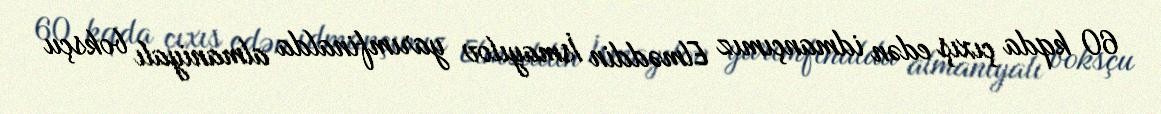
60 kqda çıxış edən idmançımız Elməddin İsmayılov yarımfinalda almaniyalı boksçu